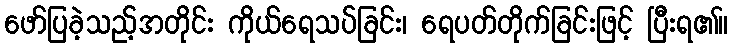
ဖော်ပြခဲ့သည့်အတိုင်း ကိုယ်ရေသပ်ခြင်း၊ ရေပတ်တိုက်ခြင်းဖြင့် ပြီးရ၏။